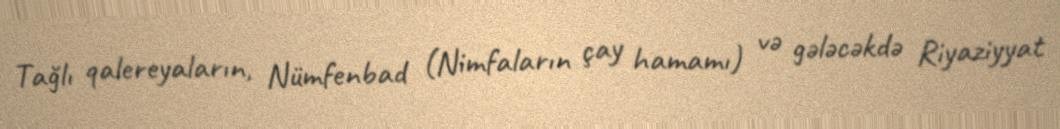
Tağlı qalereyaların, Nümfenbad (Nimfaların çay hamamı) və gələcəkdə Riyaziyyat